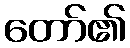
တော်၏